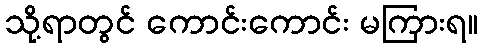
သို့ရာတွင် ကောင်းကောင်း မကြားရ။